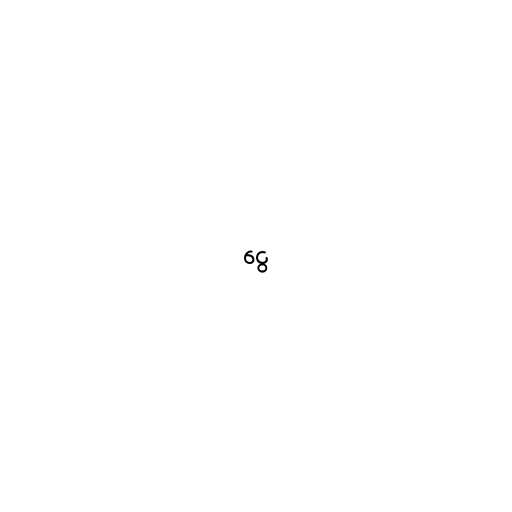
ငွေ